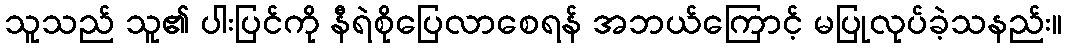
သူသည် သူ၏ ပါးပြင်ကို နီရဲစိုပြေလာစေရန် အဘယ်ကြောင့် မပြုလုပ်ခဲ့သနည်း။